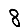
Digit: 8